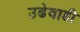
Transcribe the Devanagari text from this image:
उढेवाडी